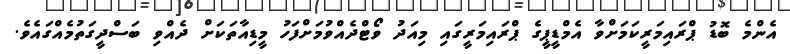
އެންމެ ބޮޑު ޕްރައިމަރީކަމަށްވާ އެމްޑީޕީގެ ޕްރައިމަރީގައި މިއަދު ވޯޓްދެއްވުމަށްފަހު މީޑިއާތަކަށް ދެއްވި ބަސްދީގަތުމެއްގައެވެ.